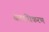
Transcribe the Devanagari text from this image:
बलाधिकरण